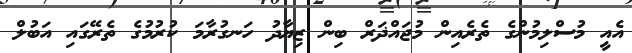
އެއީ މުސްލިމުންގެ ތެރެއިން މުޖައްޛަރް ބިން ޒިޔާދު ހަނގުރާމަ ކުރުމުގެ ތެރޭގައި އަބުލް